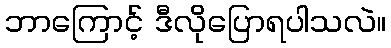
ဘာကြောင့် ဒီလိုပြောရပါသလဲ။